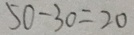
5 0 - 3 0 = 2 0